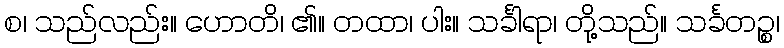
စ၊ သည်လည်း။ ဟောတိ၊ ၏။ တထာ၊ ပါး။ သင်္ခါရာ၊ တို့သည်။ သင်္ခတဉ္စ၊